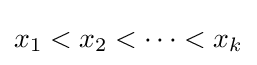
x_{1}<x_{2}<\cdots <x_{k}